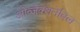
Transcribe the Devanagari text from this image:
ओव्जेक्शनेबिल